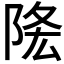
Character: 𨹠